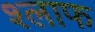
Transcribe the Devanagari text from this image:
श्लाफ